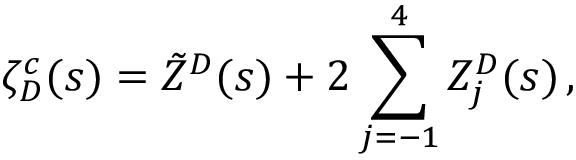
\zeta _ { D } ^ { c } ( s ) = \tilde { Z } ^ { D } ( s ) + 2 \sum _ { j = - 1 } ^ { 4 } Z _ { j } ^ { D } ( s ) \, { , }